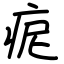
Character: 痆